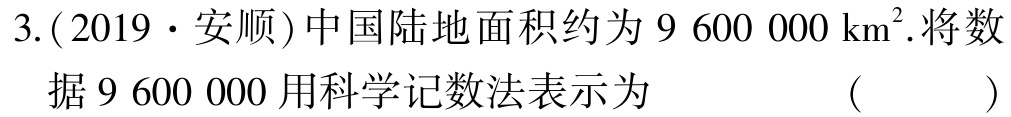
3.(2019·安顺)中国陆地面积约为$9\ 600\ 000\mathrm{km}^2$.将数据$9\ 600\ 000$用科学记数法表示为 （  ）